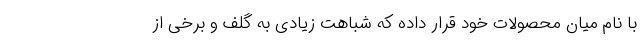
با نام میان محصولات خود قرار داده که شباهت زیادی به گلف و برخی از